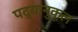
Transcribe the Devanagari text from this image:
पद्यानुकूल